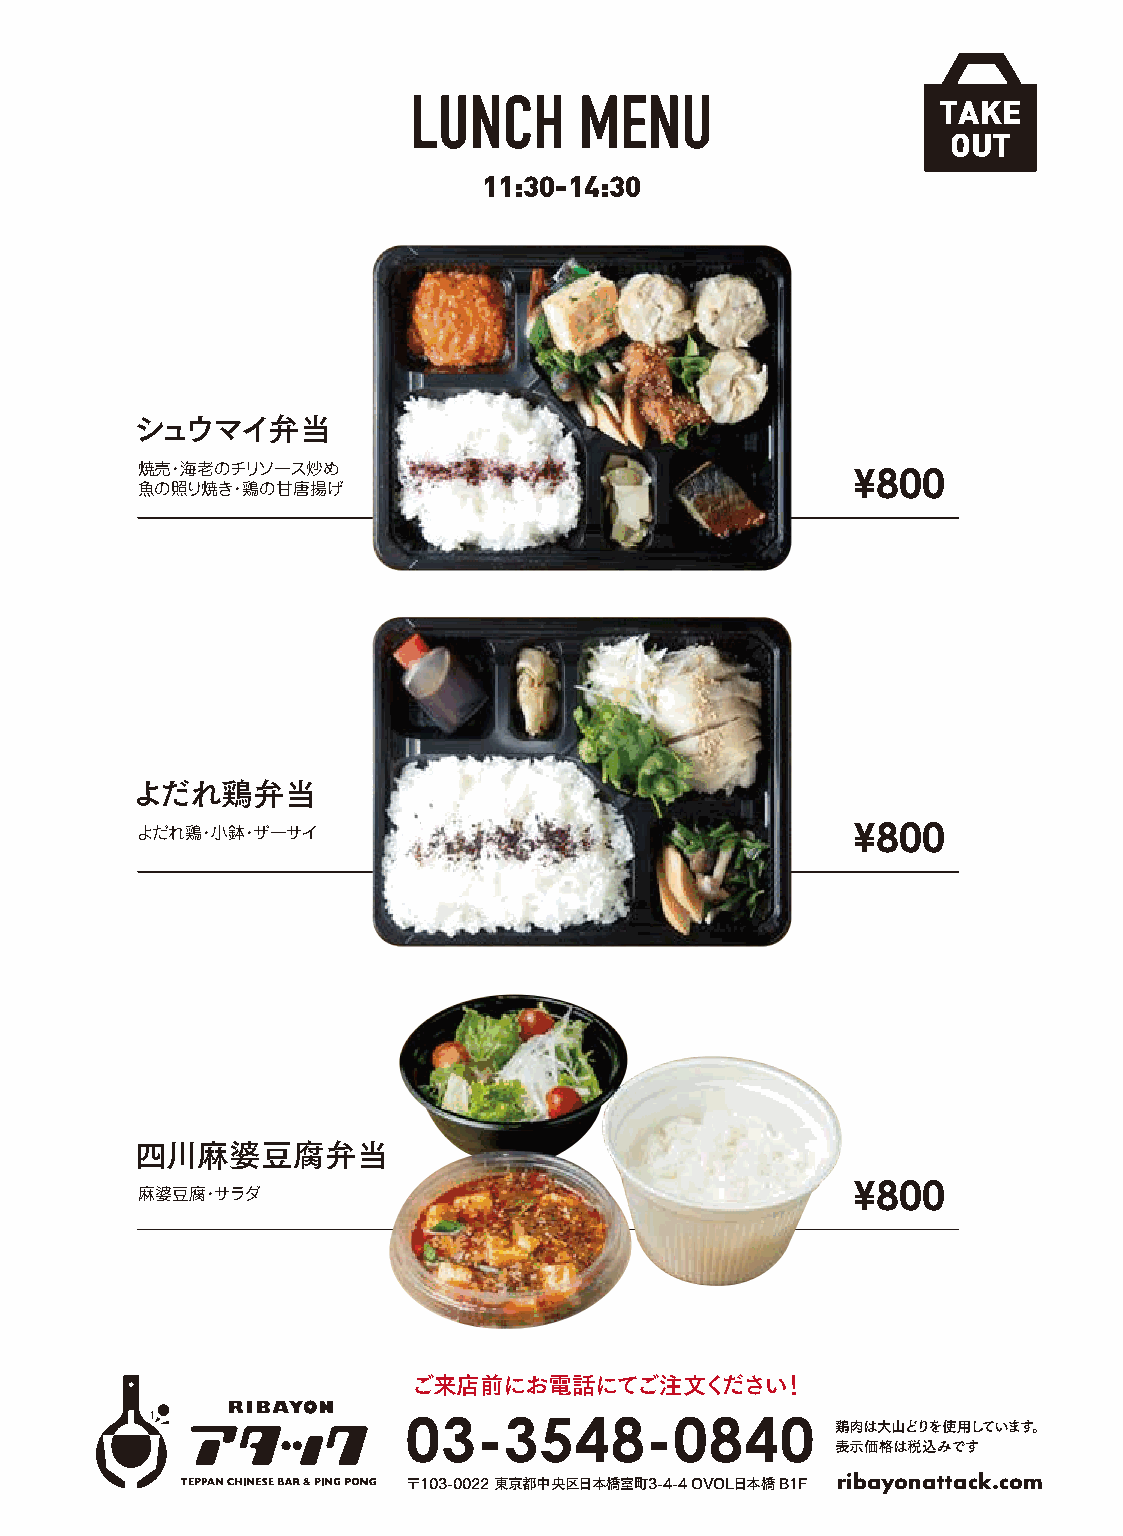
LUNCH      MENU                    TAKE
 OUT
 11:30-14:30
 シュウマイ弁当
 焼売・海老のチリソース炒め                                  ¥800
 魚の照り焼き・鶏の甘唐揚げ
 よだれ鶏弁当
 よだれ鶏・小鉢・ザーサイ                                   ¥800
 四川麻婆豆腐弁当
 ¥800
 麻婆豆腐・サラダ
 ご来店前にお電話にてご注文ください！
 03-3548-0840
 鶏肉は大山どりを使用しています。
 表示価格は税込みです
 〒103-0022 東京都中央区日本橋室町3-4-4 OVOL日本橋 B1F ribayonattack.com